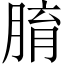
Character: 𦝑